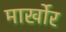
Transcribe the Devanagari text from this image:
मार्खोर